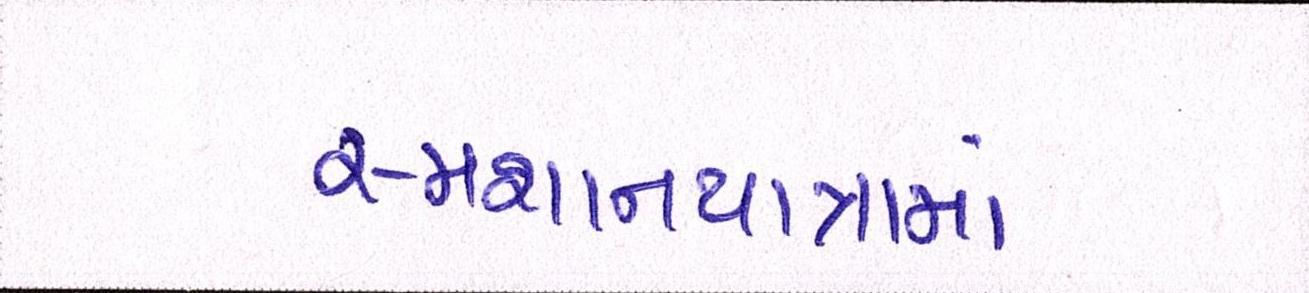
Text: સ્મશાનયાત્રામાં